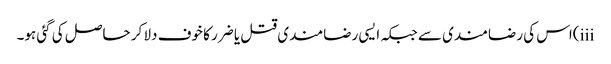
iii)اس کی رضامندی سے جبکہ ایسی رضامندی قتل یا ضرر کا خوف دلا کر حاصل کی گئی ہو۔